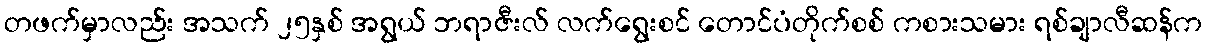
တဖက်မှာလည်း အသက် ၂၅နှစ် အရွယ် ဘရာဇီးလ် လက်ရွေးစင် တောင်ပံတိုက်စစ် ကစားသမား ရစ်ချာလီဆန်က